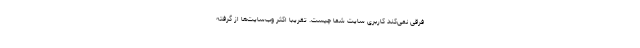
فرقی نمی‌کند کاربری سایت شما چیست. تقریبا اکثر وب‌سایت‌ها از گرفته